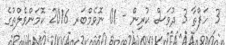
3 ހަފްތާ 3 ދުވަސް ކުރިން - 01 ނޮވެމްބަރ 2016 ކޮމަންވެލްތުގެ